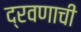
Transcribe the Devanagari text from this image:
द्रवणाची